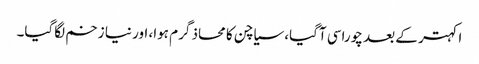
اکہتر کے بعد چوراسی آگیا، سیاچن کا محاذ گرم ہوا، اور نیا زخم لگاگیا۔